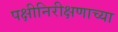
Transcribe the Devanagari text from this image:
पक्षीनिरीक्षणाच्या